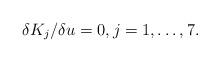
LaTeX: \begin{align*} \delta K_j/\delta u=0,j=1,\dots,7.\end{align*}